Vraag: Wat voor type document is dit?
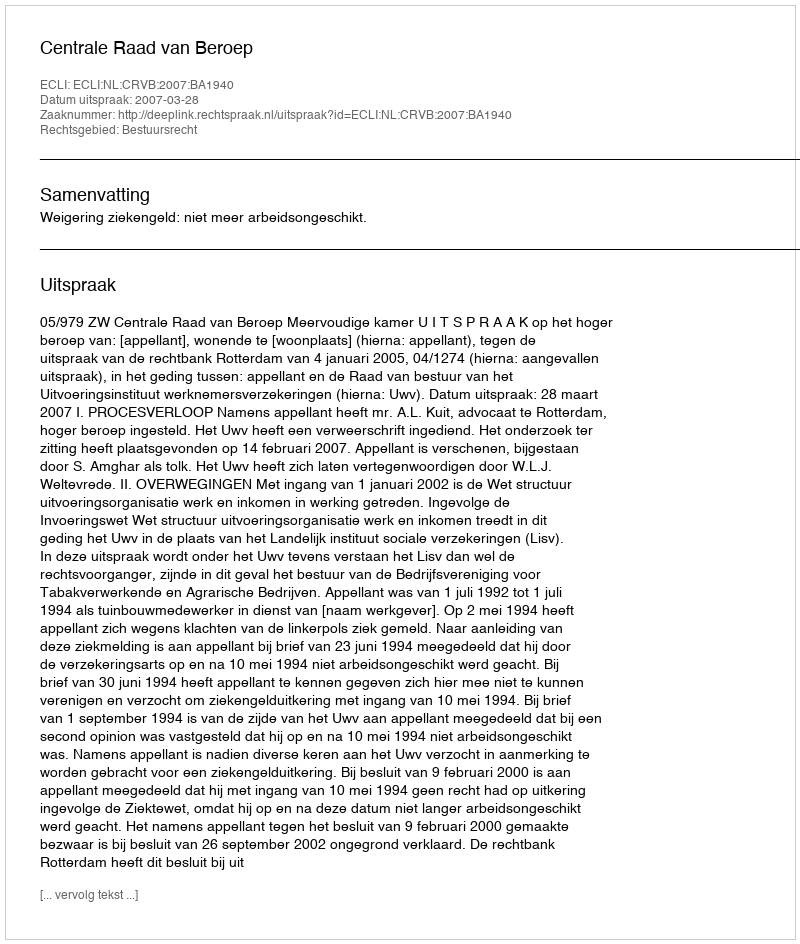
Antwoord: Uitspraak